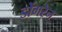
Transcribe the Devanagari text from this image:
डोंगरेन